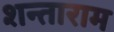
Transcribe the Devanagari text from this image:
शन्ताराम